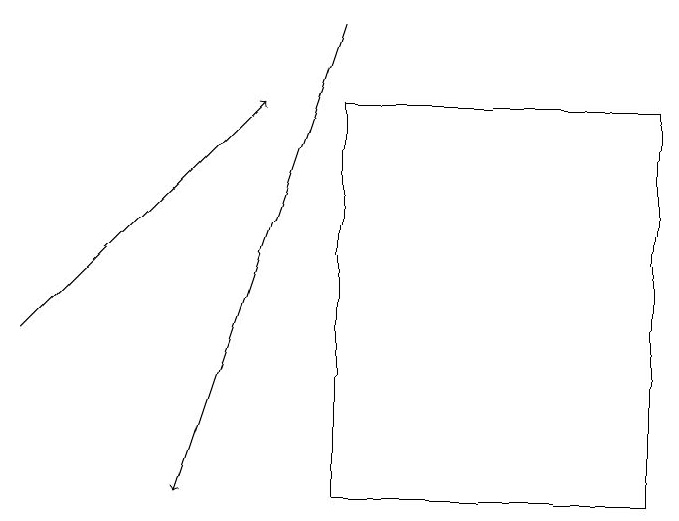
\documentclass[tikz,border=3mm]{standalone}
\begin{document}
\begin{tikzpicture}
\draw[->] (4,19) -- (2,13);
\draw[->] (0,15) -- (3,18);
\draw (4,18) rectangle (8,13);
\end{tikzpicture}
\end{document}